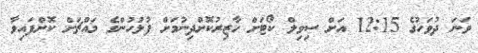
ވަނަ ދުވަހުގެ 12:15 އަށް ސިވިލް ކޯޓަށް ހާޒިރުކޮށްދިނުމަށް ފުލުހުންގެ މައްޗަށް ކޮށްފައިވާ